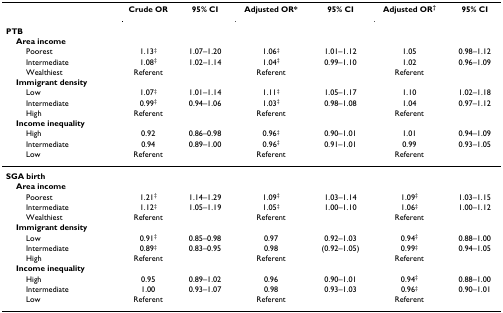
<table><thead><tr><td></td><td><b>Crude OR</b></td><td><b>95% CI</b></td><td><b>Adjusted OR*</b></td><td><b>95% CI</b></td><td><b>Adjusted OR<sup>†</sup></b></td><td><b>95% CI</b></td></tr><tr><td><b>PTB</b></td><td></td><td></td><td></td><td></td><td></td><td></td></tr><tr><td><b> Area income</b></td><td></td><td></td><td></td><td></td><td></td><td></td></tr><tr><td><b>Poorest</b></td><td><b>1.13<sup>‡</sup></b></td><td><b>1.07–1.20</b></td><td><b>1.06<sup>‡</sup></b></td><td><b>1.01–1.12</b></td><td><b>1.05</b></td><td><b>0.98–1.12</b></td></tr><tr><td><b>Intermediate</b></td><td><b>1.08<sup>‡</sup></b></td><td><b>1.02–1.14</b></td><td><b>1.04<sup>‡</sup></b></td><td><b>0.99–1.10</b></td><td><b>1.02</b></td><td><b>0.96–1.09</b></td></tr><tr><td><b>Wealthiest</b></td><td><b>Referent</b></td><td></td><td><b>Referent</b></td><td></td><td><b>Referent</b></td><td></td></tr><tr><td><b> Immigrant density</b></td><td></td><td></td><td></td><td></td><td></td><td></td></tr><tr><td><b>Low</b></td><td><b>1.07<sup>‡</sup></b></td><td><b>1.01–1.14</b></td><td><b>1.11<sup>‡</sup></b></td><td><b>1.05–1.17</b></td><td><b>1.10</b></td><td><b>1.02–1.18</b></td></tr><tr><td><b>Intermediate</b></td><td><b>0.99<sup>‡</sup></b></td><td><b>0.94–1.06</b></td><td><b>1.03<sup>‡</sup></b></td><td><b>0.98–1.08</b></td><td><b>1.04</b></td><td><b>0.97–1.12</b></td></tr><tr><td><b>High</b></td><td><b>Referent</b></td><td></td><td><b>Referent</b></td><td></td><td><b>Referent</b></td><td></td></tr><tr><td><b> Income inequality</b></td><td></td><td></td><td></td><td></td><td></td><td></td></tr><tr><td><b>High</b></td><td><b>0.92</b></td><td><b>0.86–0.98</b></td><td><b>0.96<sup>‡</sup></b></td><td><b>0.90–1.01</b></td><td><b>1.01</b></td><td><b>0.94–1.09</b></td></tr><tr><td><b>Intermediate</b></td><td><b>0.94</b></td><td><b>0.89–1.00</b></td><td><b>0.96<sup>‡</sup></b></td><td><b>0.91–1.01</b></td><td><b>0.99</b></td><td><b>0.93–1.05</b></td></tr><tr><td><b>Low</b></td><td><b>Referent</b></td><td></td><td><b>Referent</b></td><td></td><td><b>Referent</b></td><td></td></tr></thead><tbody><tr><td><b>SGA birth</b></td><td></td><td></td><td></td><td></td><td></td><td></td></tr><tr><td> <b>Area income</b></td><td></td><td></td><td></td><td></td><td></td><td></td></tr><tr><td>Poorest</td><td>1.21<sup>‡</sup></td><td>1.14–1.29</td><td>1.09<sup>‡</sup></td><td>1.03–1.14</td><td>1.09<sup>‡</sup></td><td>1.03–1.15</td></tr><tr><td>Intermediate</td><td>1.12<sup>‡</sup></td><td>1.05–1.19</td><td>1.05<sup>‡</sup></td><td>1.00–1.10</td><td>1.06<sup>‡</sup></td><td>1.00–1.12</td></tr><tr><td>Wealthiest</td><td>Referent</td><td></td><td>Referent</td><td></td><td>Referent</td><td></td></tr><tr><td> <b>Immigrant density</b></td><td></td><td></td><td></td><td></td><td></td><td></td></tr><tr><td>Low</td><td>0.91<sup>‡</sup></td><td>0.85–0.98</td><td>0.97</td><td>0.92–1.03</td><td>0.94<sup>‡</sup></td><td>0.88–1.00</td></tr><tr><td>Intermediate</td><td>0.89<sup>‡</sup></td><td>0.83–0.95</td><td>0.98</td><td>(0.92–1.05)</td><td>0.99<sup>‡</sup></td><td>0.94–1.05</td></tr><tr><td>High</td><td>Referent</td><td></td><td>Referent</td><td></td><td>Referent</td><td></td></tr><tr><td> <b>Income inequality</b></td><td></td><td></td><td></td><td></td><td></td><td></td></tr><tr><td>High</td><td>0.95</td><td>0.89–1.02</td><td>0.96</td><td>0.90–1.01</td><td>0.94<sup>‡</sup></td><td>0.88–1.00</td></tr><tr><td>Intermediate</td><td>1.00</td><td>0.93–1.07</td><td>0.98</td><td>0.93–1.03</td><td>0.96<sup>‡</sup></td><td>0.90–1.01</td></tr><tr><td>Low</td><td>Referent</td><td></td><td>Referent</td><td></td><td>Referent</td><td></td></tr></tbody></table>